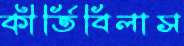
কীর্তিবিলাস